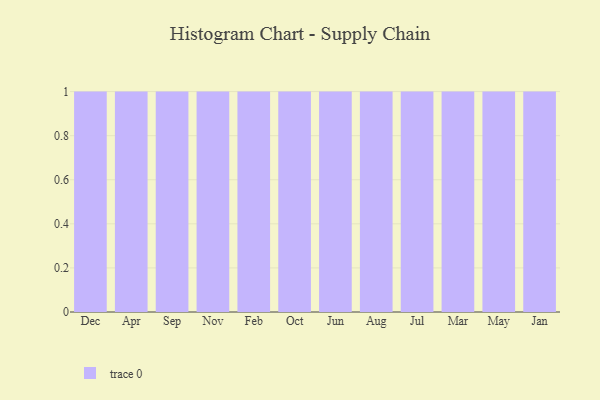
{"axis": {"x": "Month", "y": "Energy Usage (MWh)"}, "legend": [""], "data": [{"x": "Dec", "y": 58, "type": ""}, {"x": "Apr", "y": 37, "type": ""}, {"x": "Sep", "y": 52, "type": ""}, {"x": "Nov", "y": 82, "type": ""}, {"x": "Feb", "y": 94, "type": ""}, {"x": "Oct", "y": 55, "type": ""}, {"x": "Jun", "y": 62, "type": ""}, {"x": "Aug", "y": 87, "type": ""}, {"x": "Jul", "y": 37, "type": ""}, {"x": "Mar", "y": 74, "type": ""}, {"x": "May", "y": 81, "type": ""}, {"x": "Jan", "y": 77, "type": ""}]}